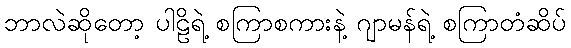
ဘာလဲဆိုတော့ ပါဠိရဲ့ စကြာစကားနဲ့ ဂျာမန်ရဲ့ စကြာတံဆိပ်